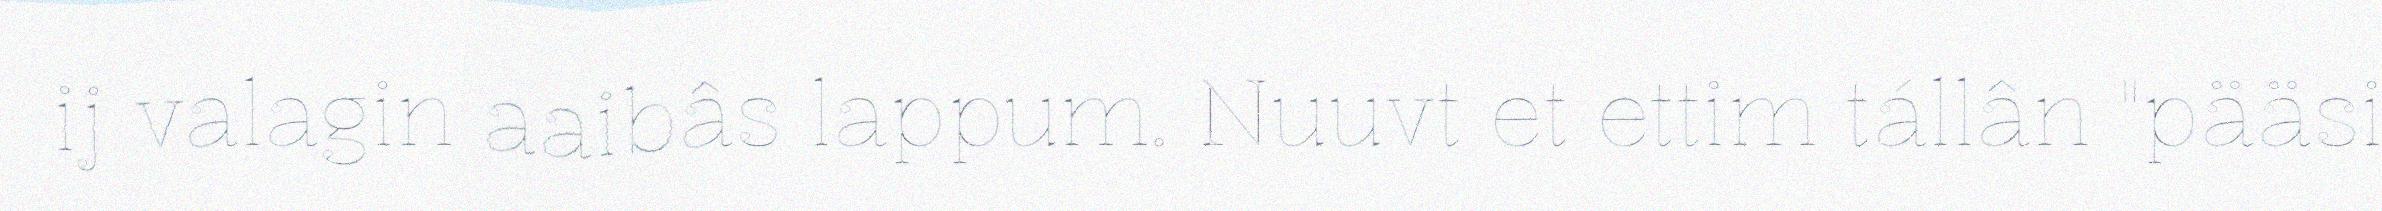
ij valagin aaibâs lappum. Nuuvt et ettim tállân "pääsi